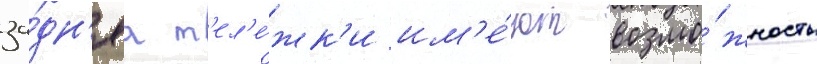
за́дн'яа т'ел'е́жк'и им'е́ют возмо́жность